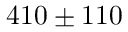
4 1 0 \pm 1 1 0